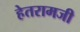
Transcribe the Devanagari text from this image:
हेतरामजी